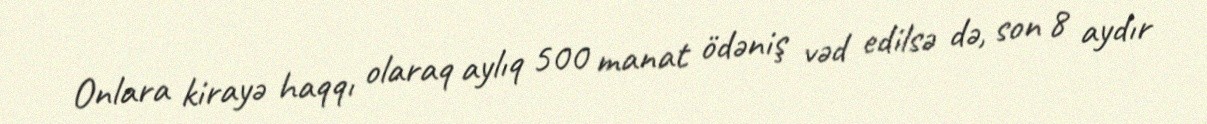
Onlara kirayə haqqı olaraq aylıq 500 manat ödəniş vəd edilsə də, son 8 aydır